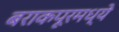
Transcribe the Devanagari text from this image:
बराकपूरमध्ये